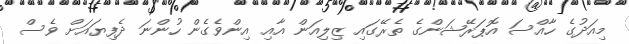
މިއަދުގެ ހާއްސަ އޮޕަރޭޝަންގެ ތެރޭގައި ޒިލިއަން އާއި އިންވެގެން ހުންނަ ދެފިޔައަށް ވެސް